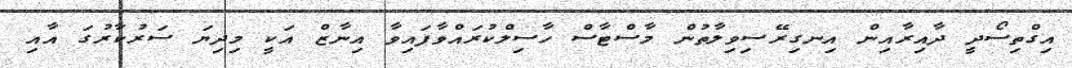
އިގްތިސޯދީ ދާއިރާއިން އިނގިރޭސިވިލާތުން މާސްޓާސް ހާސިލްކުރައްވާފައިވާ އިނާޒް އަކީ މިދިޔަ ސަރުކާރުގަ އާއި